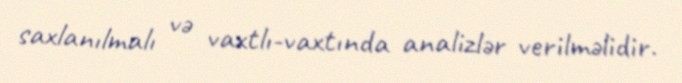
saxlanılmalı və vaxtlı-vaxtında analizlər verilməlidir.